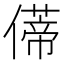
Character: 𫣥